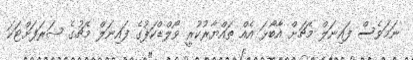
ނަމަވެސް ފައިނަލް މެޗަށް އާބޯޅަ އެއް ތައްޔާރުކުރީ ވޯލްޑްކަޕުގެ ފައިނަލް މެޗުގެ ޝަރަފަށްޓަކަ